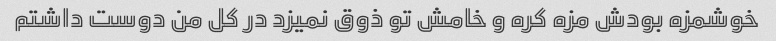
خوشمزه بودش مزه کره و خامش تو ذوق نمیزد در کل من دوست داشتم